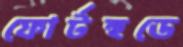
ফোর্টহুডে